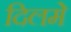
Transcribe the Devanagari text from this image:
दिलमे